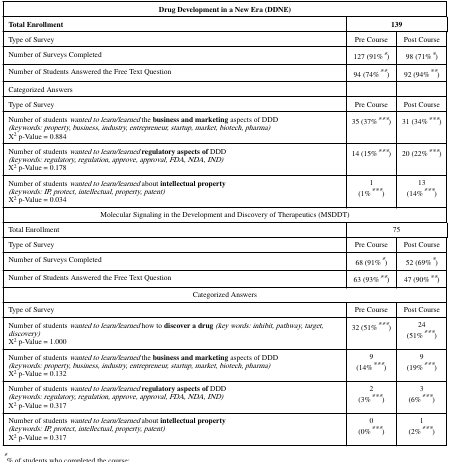
<table><thead><tr><td colspan="3"><b>Drug Development in a New Era (DDNE)</b></td></tr><tr><td><b>Total Enrollment</b></td><td colspan="2"><b>139</b></td></tr></thead><tbody><tr><td>Type of Survey</td><td>Pre Course</td><td>Post Course</td></tr><tr><td>Number of Surveys Completed</td><td>127 (91%*)</td><td>98 (71%*)</td></tr><tr><td>Number of Students Answered the Free Text Question</td><td>94 (74%**)</td><td>92 (94%**)</td></tr><tr><td>Categorized Answers</td><td></td><td></td></tr><tr><td>Type of Survey</td><td>Pre Course</td><td>Post Course</td></tr><tr><td>Number of students <i>wanted to learn/learned</i> the <b>business and marketing</b> aspects of DDD<i>(keywords: property, business, industry, entrepreneur, startup, market, biotech, pharma)</i>X<sup>2</sup> p-Value = 0.884</td><td>35 (37%***)</td><td>31 (34%***)</td></tr><tr><td>Number of students <i>wanted to learn/learned</i><b>regulatory aspects of</b> DDD<i>(keywords: regulatory, regulation, approve, approval, FDA, NDA, IND)</i>X<sup>2</sup> p-Value = 0.178</td><td>14 (15%***)</td><td>20 (22%***)</td></tr><tr><td>Number of students <i>wanted to learn/learned</i> about <b>intellectual property</b><i>(keywords: IP, protect, intellectual, property, patent)</i>X<sup>2</sup> p-Value = 0.034</td><td>1(1%***)</td><td>13(14%***)</td></tr><tr><td colspan="3">Molecular Signaling in the Development and Discovery of Therapeutics (MSDDT)</td></tr><tr><td>Total Enrollment</td><td colspan="2">75</td></tr><tr><td>Type of Survey</td><td>Pre Course</td><td>Post Course</td></tr><tr><td>Number of Surveys Completed</td><td>68 (91%*)</td><td>52 (69%*)</td></tr><tr><td>Number of Students Answered the Free Text Question</td><td>63 (93%**)</td><td>47 (90%**)</td></tr><tr><td colspan="3">Categorized Answers</td></tr><tr><td>Type of Survey</td><td>Pre Course</td><td>Post Course</td></tr><tr><td>Number of students <i>wanted to learn/learned</i> how to <b>discover a drug</b><i>(key words: inhibit, pathway, target, discovery)</i>X<sup>2</sup> p-Value = 1.000</td><td>32 (51%***)</td><td>24(51%***)</td></tr><tr><td>Number of students <i>wanted to learn/learned</i> the <b>business and marketing</b> aspects of DDD<i>(keywords: property, business, industry, entrepreneur, startup, market, biotech, pharma)</i>X<sup>2</sup> p-Value = 0.132</td><td>9(14%***)</td><td>9(19%***)</td></tr><tr><td>Number of students <i>wanted to learn/learned</i><b>regulatory aspects of</b> DDD<i>(keywords: regulatory, regulation, approve, approval, FDA, NDA, IND)</i>X<sup>2</sup> p-Value = 0.317</td><td>2(3%***)</td><td>3(6%***)</td></tr><tr><td>Number of students <i>wanted to learn/learned</i> about <b>intellectual property</b><i>(keywords: IP, protect, intellectual, property, patent)</i>X<sup>2</sup> p-Value = 0.317</td><td>0(0%***)</td><td>1(2%***)</td></tr></tbody></table>